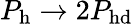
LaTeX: P_{\mathrm{h}}\rightarrow 2P_{\mathrm{hd}}